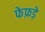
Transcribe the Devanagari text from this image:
फेफ़ड़े